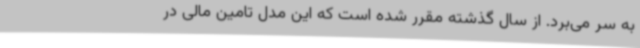
به سر می‌برد. از سال گذشته مقرر شده است که این مدل تامین مالی در